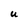
Character: U